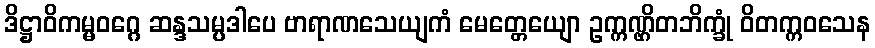
ဒိဋ္ဌာဝိကမ္မဝဂ္ဂေ ဆန္ဒသမ္ပဒါပေ ဗာရာဏသေယျကံ မေတ္တေယျော ဥက္ကဏ္ဌိတဘိက္ခုံ ဝိတက္ကဝသေန